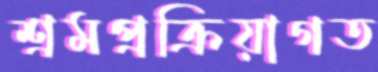
শ্রমপ্রক্রিয়াগত